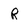
Character: R